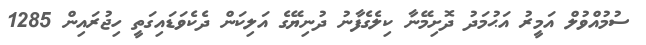
ސުމުއްވުލް އަމީރު އަޙުމަދު ދޮށިމޭނާ ކިލެގެފާނު ދުނިޔޭގެ އަލިކަން ދެކެވަޑައިގަތީ ހިޖުރައިން 1285